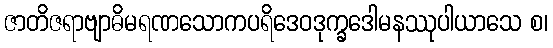
ဇာတိဇရာဗျာဓိမရဏသောကပရိဒေဝဒုက္ခဒေါမနဿုပါယာသေ စ၊